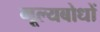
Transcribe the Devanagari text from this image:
मूल्यबोधों